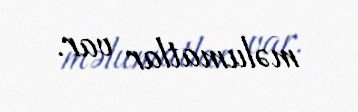
məlumatlar var.